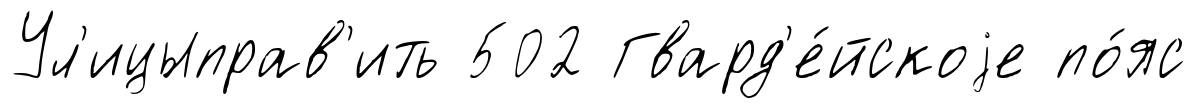
Ул'ицыправ'ить 502 Гвард'е́йскоjе по́яс